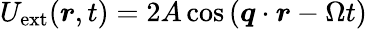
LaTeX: U_{\mathrm{ext}}(\boldsymbol{r},t)=2A\cos{(\boldsymbol{q}\cdot\boldsymbol{r}-\Omega{t})}